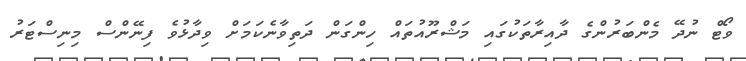
ވޯޓް ނުދޭ މެންބަރުންގެ ދާއިރާތަކުގައި މަޝްރޫއުތައް ހިންގަން ދަތިވާނެކަމަށް ވިދާޅުވެ ފިނޭންސް މިނިސްޓަރު